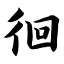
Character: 徊